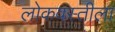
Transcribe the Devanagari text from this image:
लोकवस्तीला